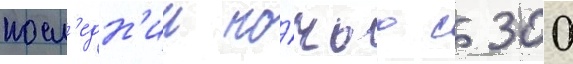
посл'едн'ии но́чью с 300